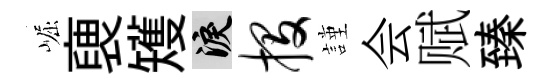
崛褏矱泪投謹会赋臻